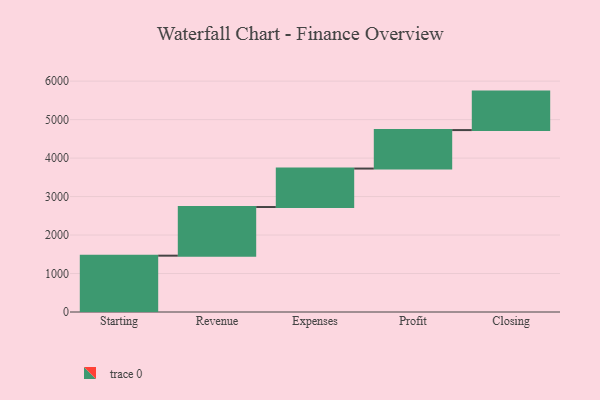
{"axis": {"x": "Step", "y": "Value"}, "legend": [""], "data": [{"x": "Starting", "y": 1464.0, "type": ""}, {"x": "Revenue", "y": 1264.0, "type": ""}, {"x": "Expenses", "y": 1000, "type": ""}, {"x": "Profit", "y": 1000, "type": ""}, {"x": "Closing", "y": 1000, "type": ""}]}